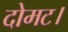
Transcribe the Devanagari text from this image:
दोमट।